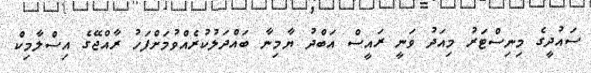
ސައުދީގެ މިނިސްޓަރު މިއަދު ވަނީ ރައީސް އަބްދު ޔާމިނާ ބައްދަލުކުރެއްވުމަށްފަހު ރާއްޖޭގެ އިސްލާމިކް